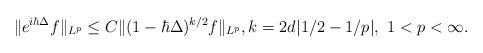
LaTeX: \begin{align*}\| e^{i\hbar \Delta}f\|_{L^p}\leq C\| (1-\hbar\Delta)^{k/2}f\|_{L^p},k=2d|1/2-1/p|,\ 1<p<\infty.\end{align*}